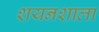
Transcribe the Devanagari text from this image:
शयनशाला